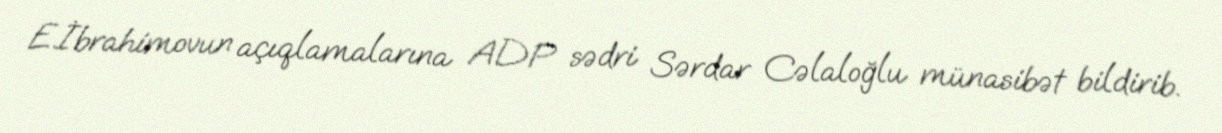
E.İbrahimovun açıqlamalarına ADP sədri Sərdar Cəlaloğlu münasibət bildirib.